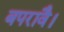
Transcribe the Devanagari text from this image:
बपरावै।